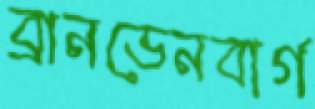
ব্রানডেনবার্গ